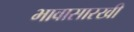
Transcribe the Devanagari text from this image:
भावासारखी